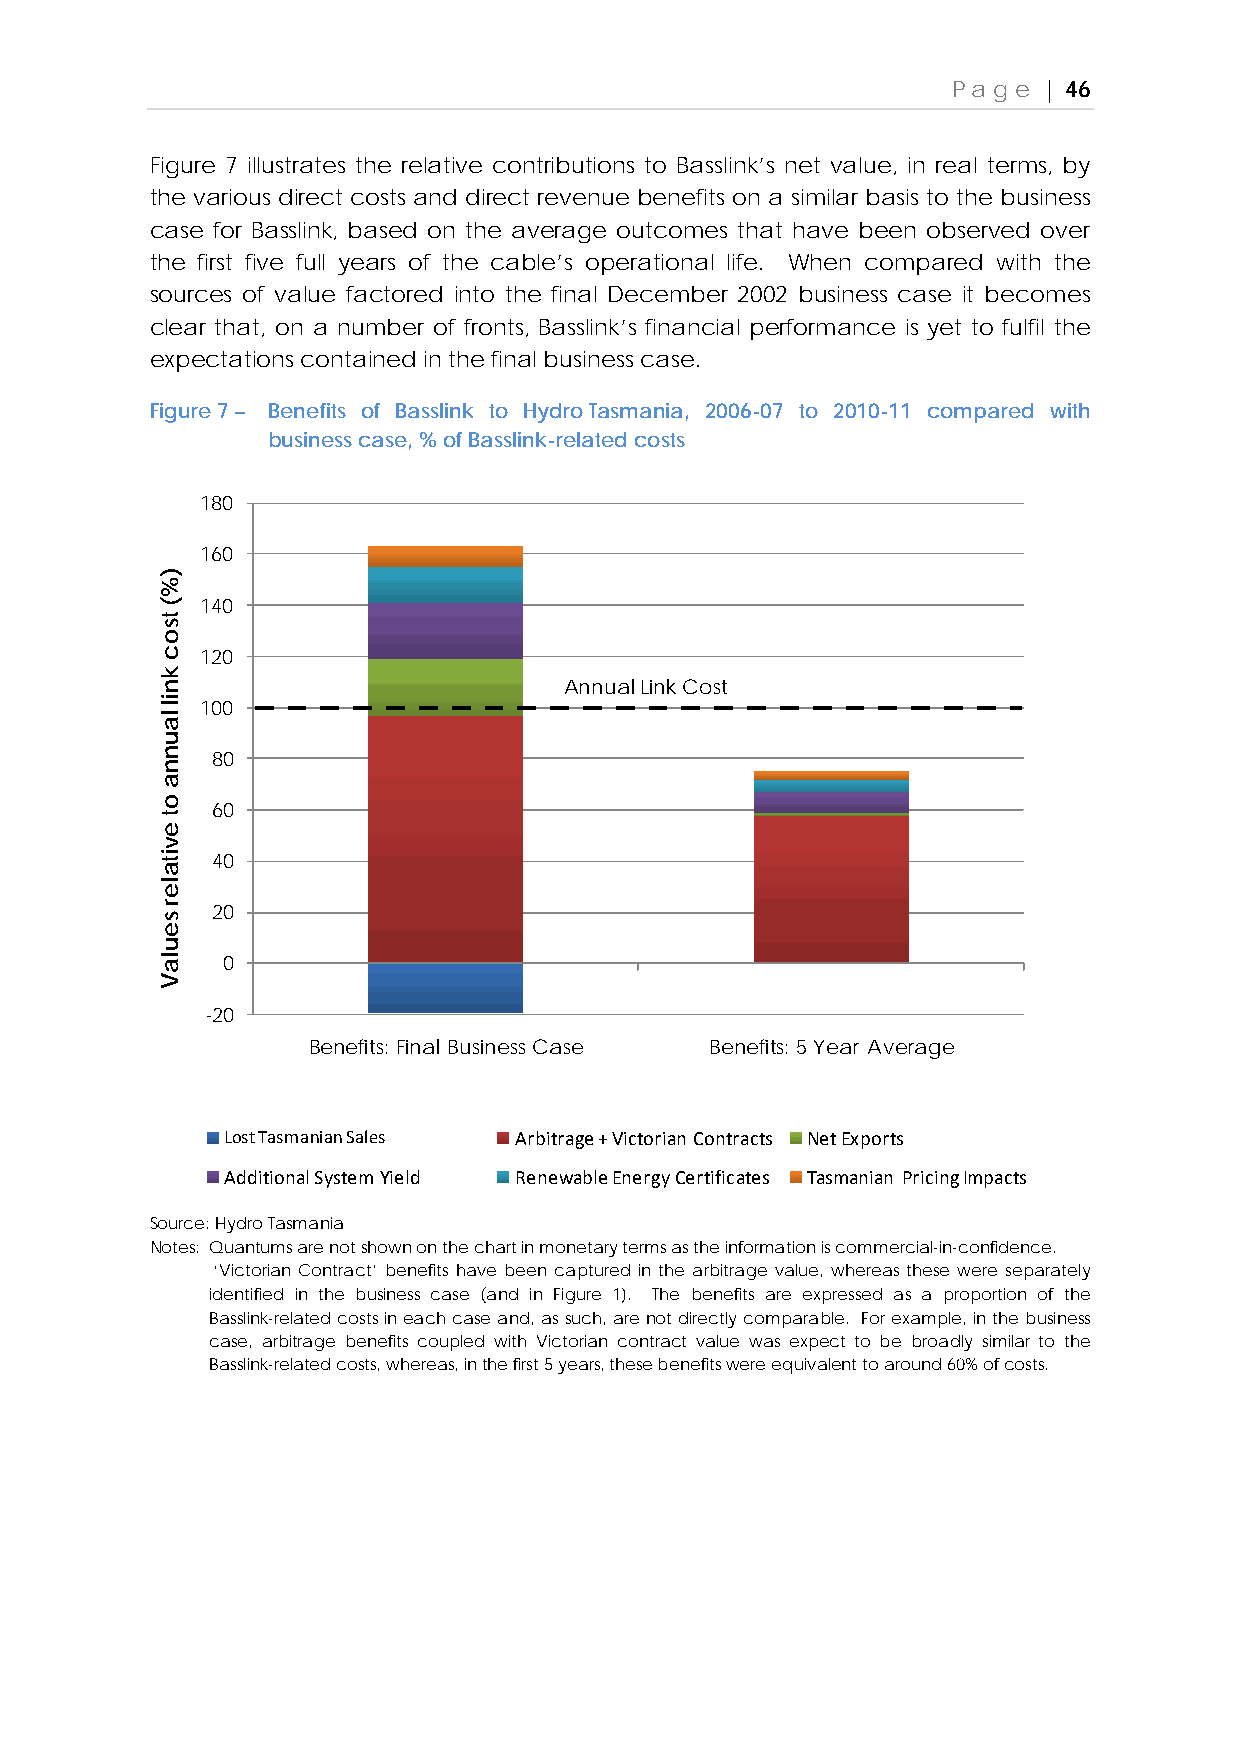
Page  | 46
 Figure 7 illustrates the relative contributions to Basslink’s net value, in real terms, by
 the various direct costs and direct revenue benefits on a similar basis to the business
 case for Basslink, based on the average outcomes that have been observed over
 the first five full years of the cable’s operational life. When compared with the
 sources of value factored into the final December 2002 business case it becomes
 clear that, on a number of fronts, Basslink’s financial performance is yet to fulfil the
 expectations contained in the final business case.
 Figure 7 – Benefits of Basslink to Hydro Tasmania, 2006-07 to 2010-11 compared with
 business case, % of Basslink-related costs
 180
 160
 140
 120
 AnnualLink Cost
 100
 80
 60
 40
 20
 0
 -20
 Benefits: Final Business Case Benefits: 5 Year Average
 Lost Tasmanian Sales Arbitrage + Victorian Contracts Net Exports
 Additional System Yield Renewable Energy Certificates Tasmanian Pricing Impacts
 Source: Hydro Tasmania
 Notes: Quantums are not shown on the chart in monetary terms as the information is commercial-in-confidence.
 ‘Victorian Contract’ benefits have been captured in the arbitrage value, whereas these were separately
 identified in the business case (and in Figure 1). The benefits are expressed as a proportion of the
 Basslink-related costs in each case and, as such, are not directly comparable. For example, in the business
 case, arbitrage benefits coupled with Victorian contract value was expect to be broadly similar to the
 Basslink-related costs, whereas, in the first 5 years, these benefits were equivalent to around 60% of costs.
 )%(
 tsoc
 knil
 launna
 ot
 evitaler
 seulaV